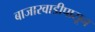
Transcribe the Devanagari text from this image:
बाजारवाडीपासून